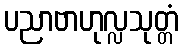
ပညာဗာဟုလ္လသုတ္တံ